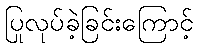
ပြုလုပ်ခဲ့ခြင်းကြောင့်